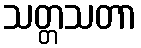
သတ္တသတာ